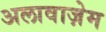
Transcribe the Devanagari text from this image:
अलावाज़ेम